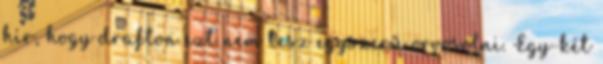
hír, hogy drafton ezt nem lesz egyszerű orvosolni. Egy-két